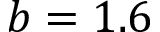
b = 1 . 6